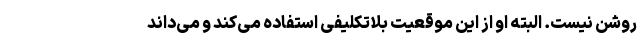
روشن نیست. البته او از این موقعیت بلاتکلیفی استفاده می‌کند و می‌داند